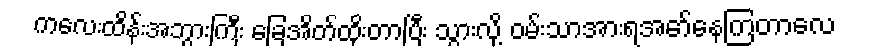
ကလေးထိန်းအဘွားကြီး ခြေအိတ်ထိုးတာပြီး သွားလို့ ဝမ်းသာအားရအော်နေကြတာလေ